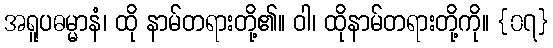
အရူပဓမ္မာနံ၊ ထို နာမ်တရားတို့၏။ ဝါ၊ ထိုနာမ်တရားတို့ကို။ {၀၇}